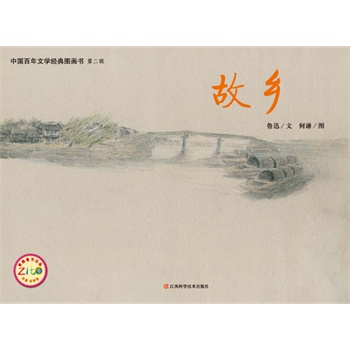
那堪旅馆经残腊，只把空书寄故乡。